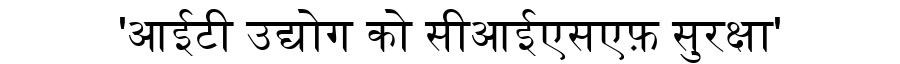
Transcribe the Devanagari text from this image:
'आईटी उद्योग को सीआईएसएफ़ सुरक्षा'